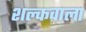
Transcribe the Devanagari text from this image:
शल्कवाला